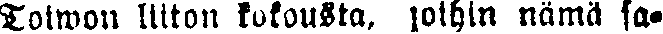
Toiwon liiton kokousta, joihin nämä sa-